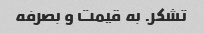
تشکر. به قیمت و بصرفه